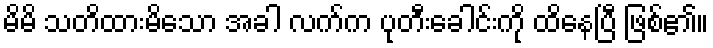
မိမိ သတိထားမိသော အခါ လက်က ပုတီးခေါင်းကို ထိနေပြီ ဖြစ်၏။